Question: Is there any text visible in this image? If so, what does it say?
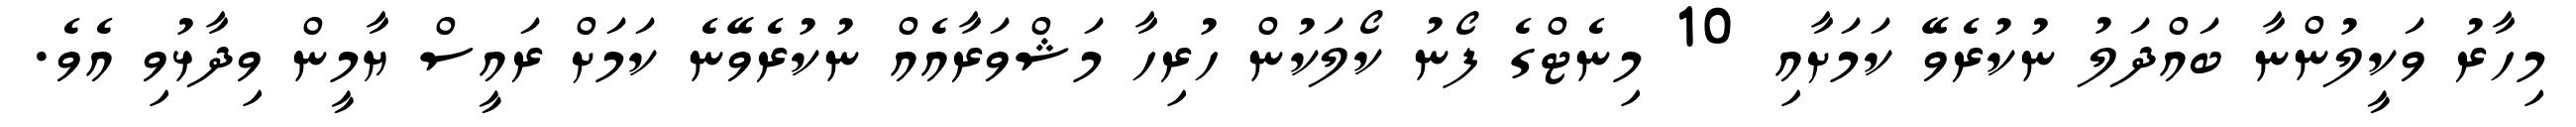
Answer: މިހާރު ވަކީލުންނާ ބައްދަލު ނުކުރެވޭ ކަމަށާއި 10 މިނެޓްގެ ފޯނު ކޯލަކުން ހުރިހާ މަޝްވަރާއެއް ނުކުރެވޭނެ ކަމަށް ރައީސް ޔާމީން ވިދާޅުވި އެވެ.